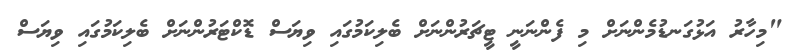
"މިހާރު އަޅުގަނޑުމެންނަށް މި ފެންނަނީ ޓީޗަރުންނަށް ބެލިކަމުގައި ވިޔަސް ޑޮކްޓަރުންނަށް ބެލިކަމުގައި ވިޔަސް